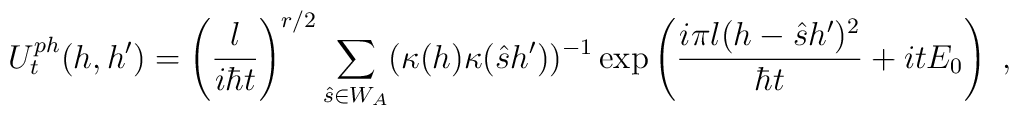
U_t^{ph}(h,h')=\left(\frac{l}{i\hbar t}\right)^{r/2}\sum\limits_{\hat{s}\in W_A}(\kappa (h)\kappa (\hat{s}h'))^{-1}\exp\left(\frac{i\pi l(h-\hat{s}h')^2}{\hbar t} +itE_0\right)\ ,